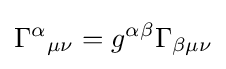
{{\Gamma }^{\alpha }}_{\mu \nu }=g^{\alpha \beta }{\Gamma }_{\beta \mu \nu }